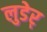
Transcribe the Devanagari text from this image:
लुडेर्